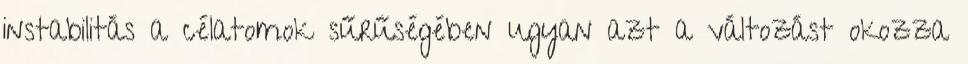
instabilitás a célatomok sűrűségében ugyan azt a változást okozza